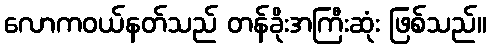
လောကဝယ်နတ်သည် တန်ခိုးအကြီးဆုံး ဖြစ်သည်။